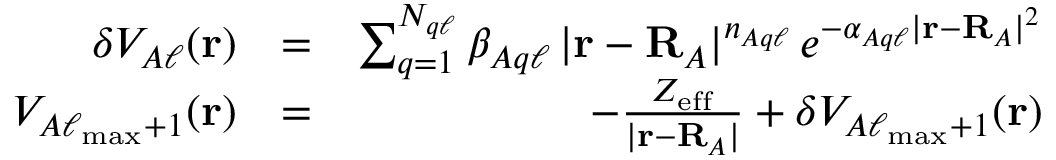
\begin{array} { r l r } { \delta V _ { A \ell } ( \mathbf { r } ) } & { = } & { \sum _ { q = 1 } ^ { N _ { q \ell } } \beta _ { A q \ell } \, | \mathbf { r } - \mathbf { R } _ { A } | ^ { n _ { A q \ell } } \, e ^ { - \alpha _ { A q \ell } | \mathbf { r } - \mathbf { R } _ { A } | ^ { 2 } } } \\ { V _ { A \ell _ { \operatorname* { m a x } } + 1 } ( \mathbf { r } ) } & { = } & { - \frac { Z _ { \mathrm { e f f } } } { | \mathbf { r } - \mathbf { R } _ { A } | } + \delta V _ { A \ell _ { \operatorname* { m a x } } + 1 } ( \mathbf { r } ) } \end{array}